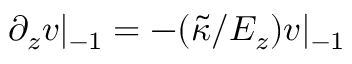
\partial _ { z } v | _ { - 1 } = - ( \tilde { \kappa } / E _ { z } ) v | _ { - 1 }